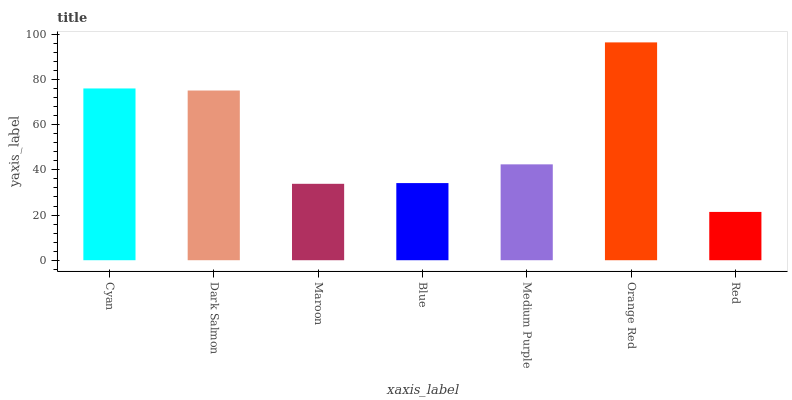
| xaxis_label | bars |
 | --- | --- |
 | Cyan | 76.1 |
 | Dark Salmon | 75.2 |
 | Maroon | 33.8 |
 | Blue | 34.2 |
 | Medium Purple | 42.5 |
 | Orange Red | 96.5 |
 | Red | 21.4 |